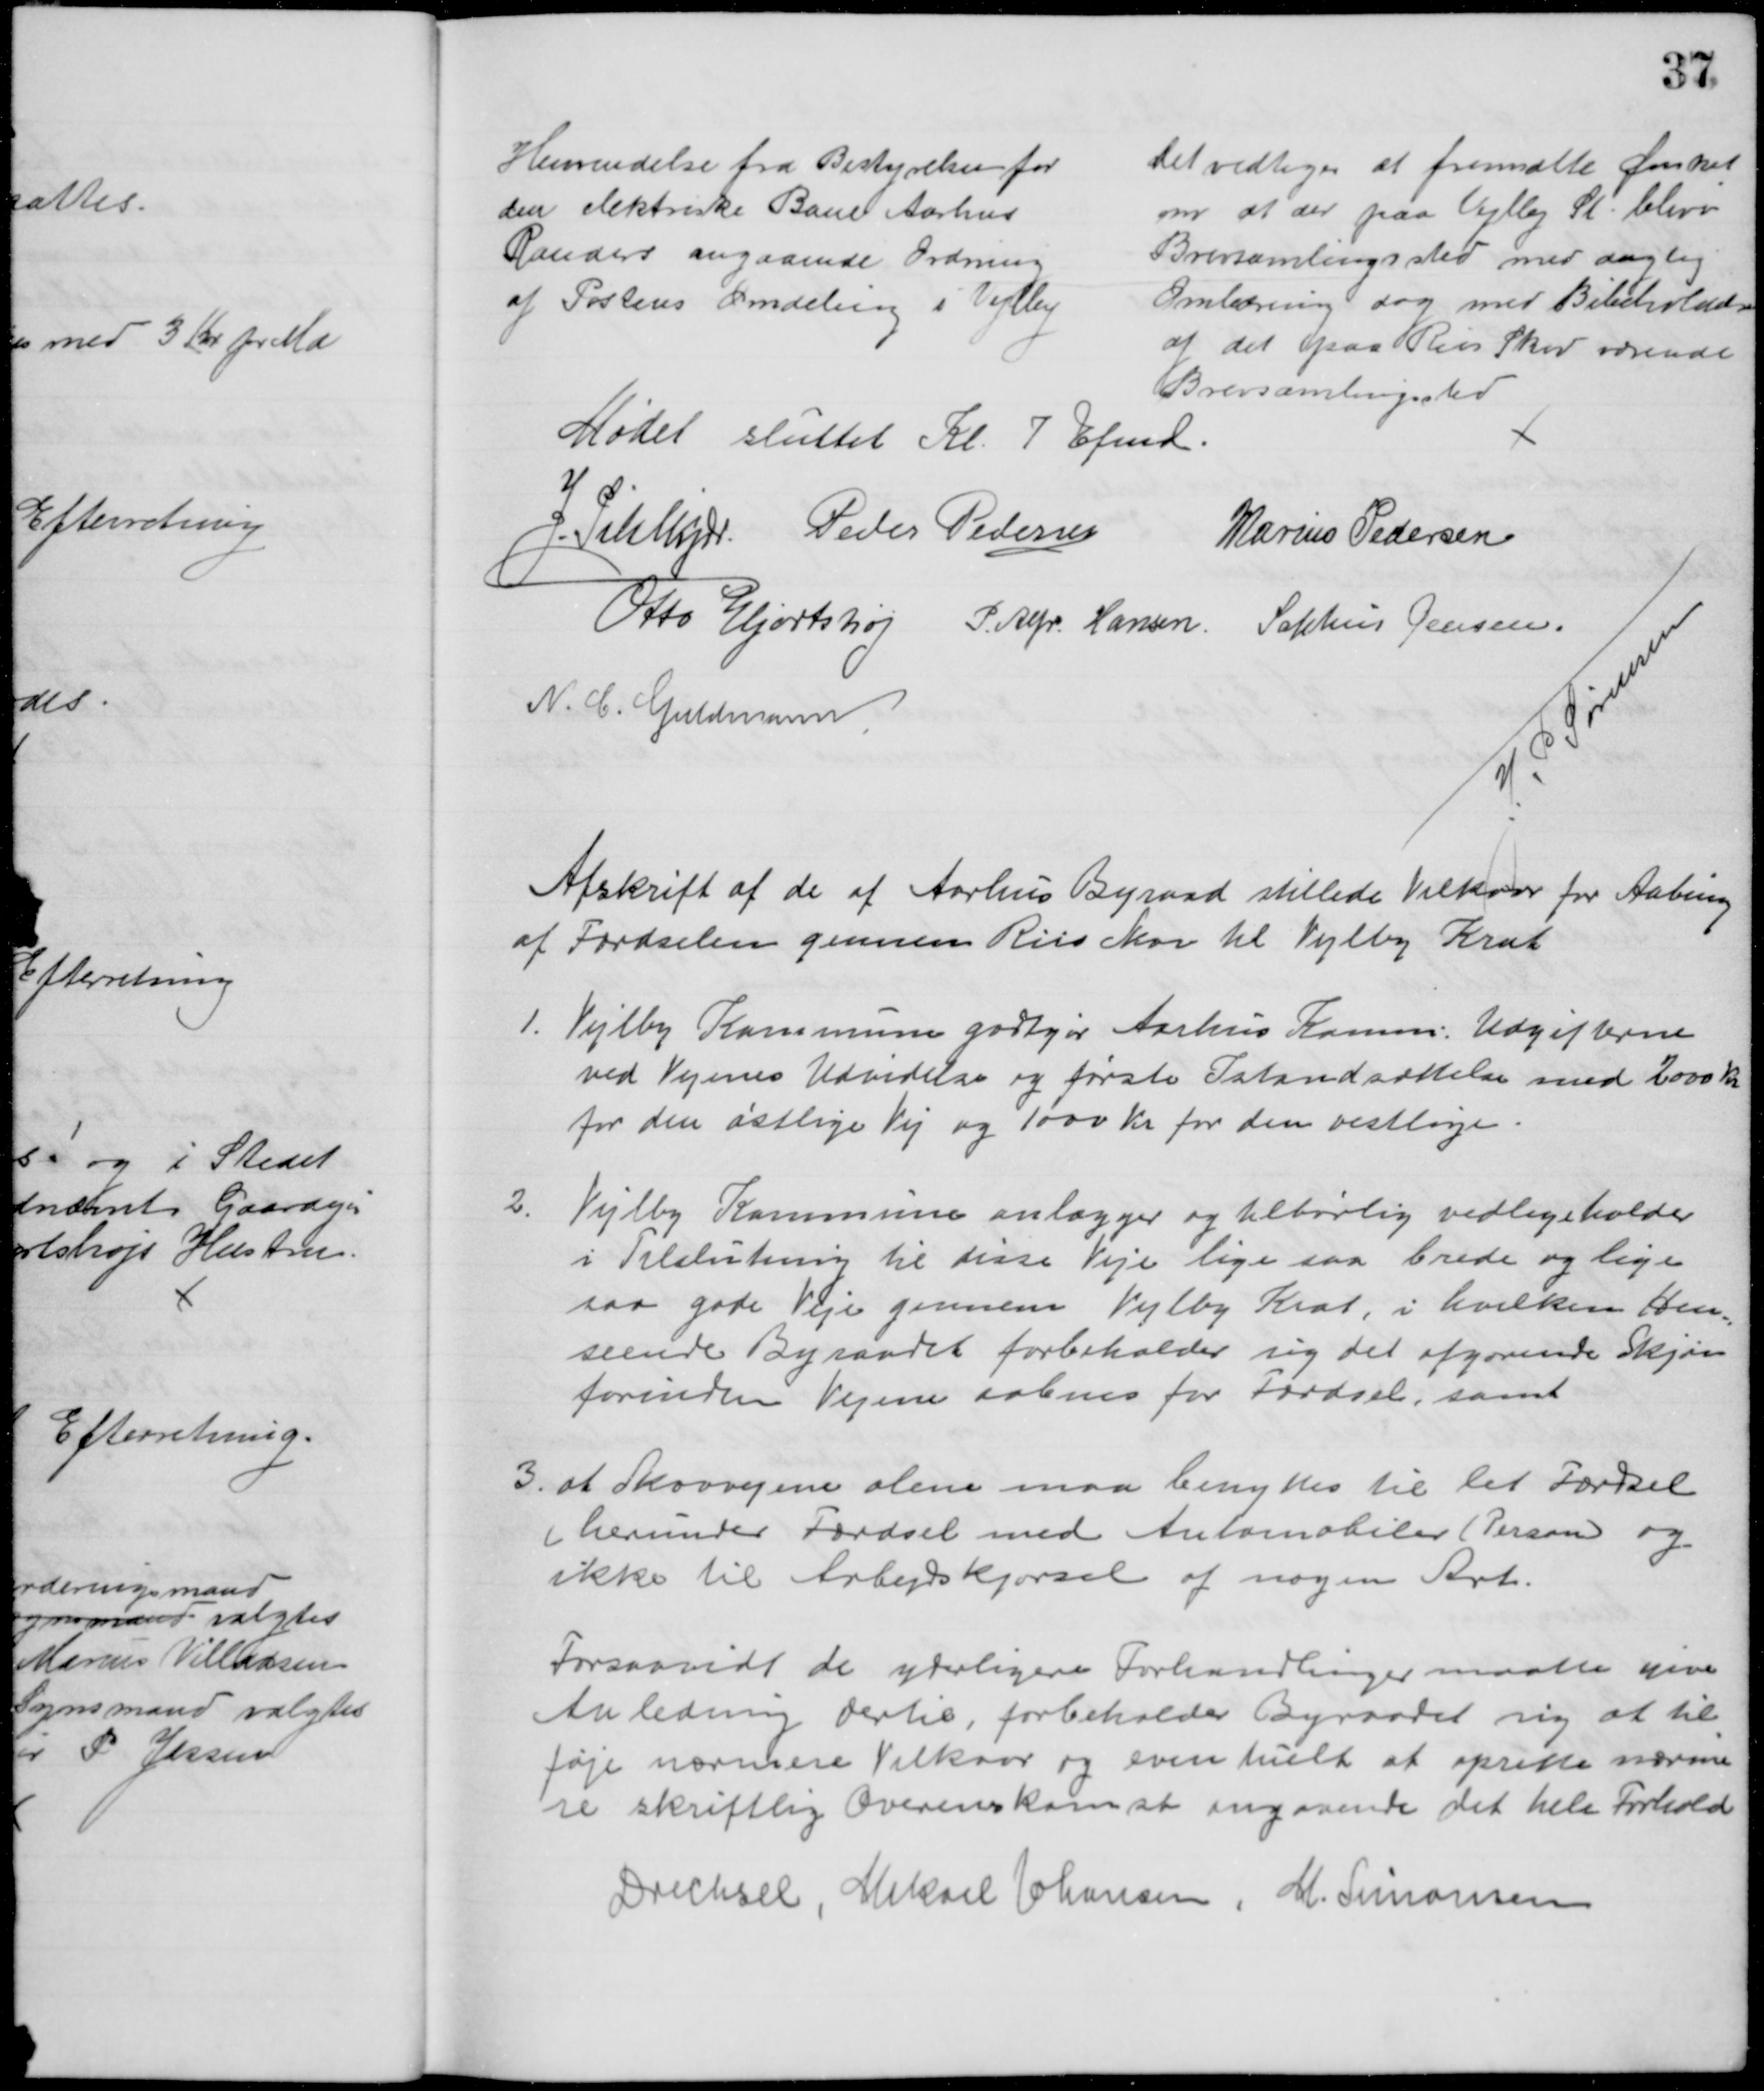
Transskription:
Henvendelse fra Bestyrelsen for
den elektriske Bane Aarhus
Randers angaaende Ordning
af Postens Omdeling i Vejlby
Det vedtoges at fremsætte Ønsket
om at der paa Vejlby St. bliver
Brevsamlingssted med daglig
Omlæsning dog med Bibeholdelse
af det paa Riis Skov værende
Brevsamlingssted
Mødet sluttet Kl. 7 Efmd.
J. Pihlkjær Peder Pedersen
Marius Pedersen
Otto Hjortshøj P. Alfr. Hansen. Sophus Jensen.
N. C. Guldmann
J. P. Sørensen
Afskrift af de af Aarhus Byraad stillede Vilkaar for Aabning
af Færdselen gennem Riis Skov til Vejlby Krat
1. Vejlby Kommune godtgør Aarhus Komm. Udgifterne
ved Vejenes Udvidelse og første Istandsættelse med 2000 Kr
for den østlige Vej og 1000 Kr for den vestlige.
2.
Vejlby Kommune anlægger og tilbørlig vedligeholder
i Tilslutning til disse Veje lige saa brede og lige 
saa gode Veje gennem Vejlby Krat, i hvilken Hen
=
seende Byraadet forbeholder sig det afgørende Skjøn
forinden Vejene aabnes for Færdsel, samt
3. at Skovvejene alene maa benyttes til let Færdsel
(herunder Færdsel med Automobiler (Person og
ikke til Arbejdskjørsel af nogen Art.
Forsaavidt de yderligere Forhandlinger maatte give
Anledning dertil, forbeholder Byraadet sig at til 
føje nærmere Vilkaar og eventuelt at oprette nærme
re skriftlig Overenskomst angaaende det hele Forhold 
Drechsel, Mikael Johansen, M. Simonsen